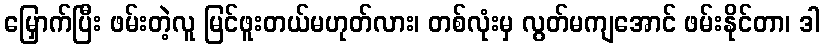
မြှောက်ပြီး ဖမ်းတဲ့လူ မြင်ဖူးတယ်မဟုတ်လား၊ တစ်လုံးမှ လွတ်မကျအောင် ဖမ်းနိုင်တာ၊ ဒါ